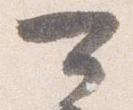
可